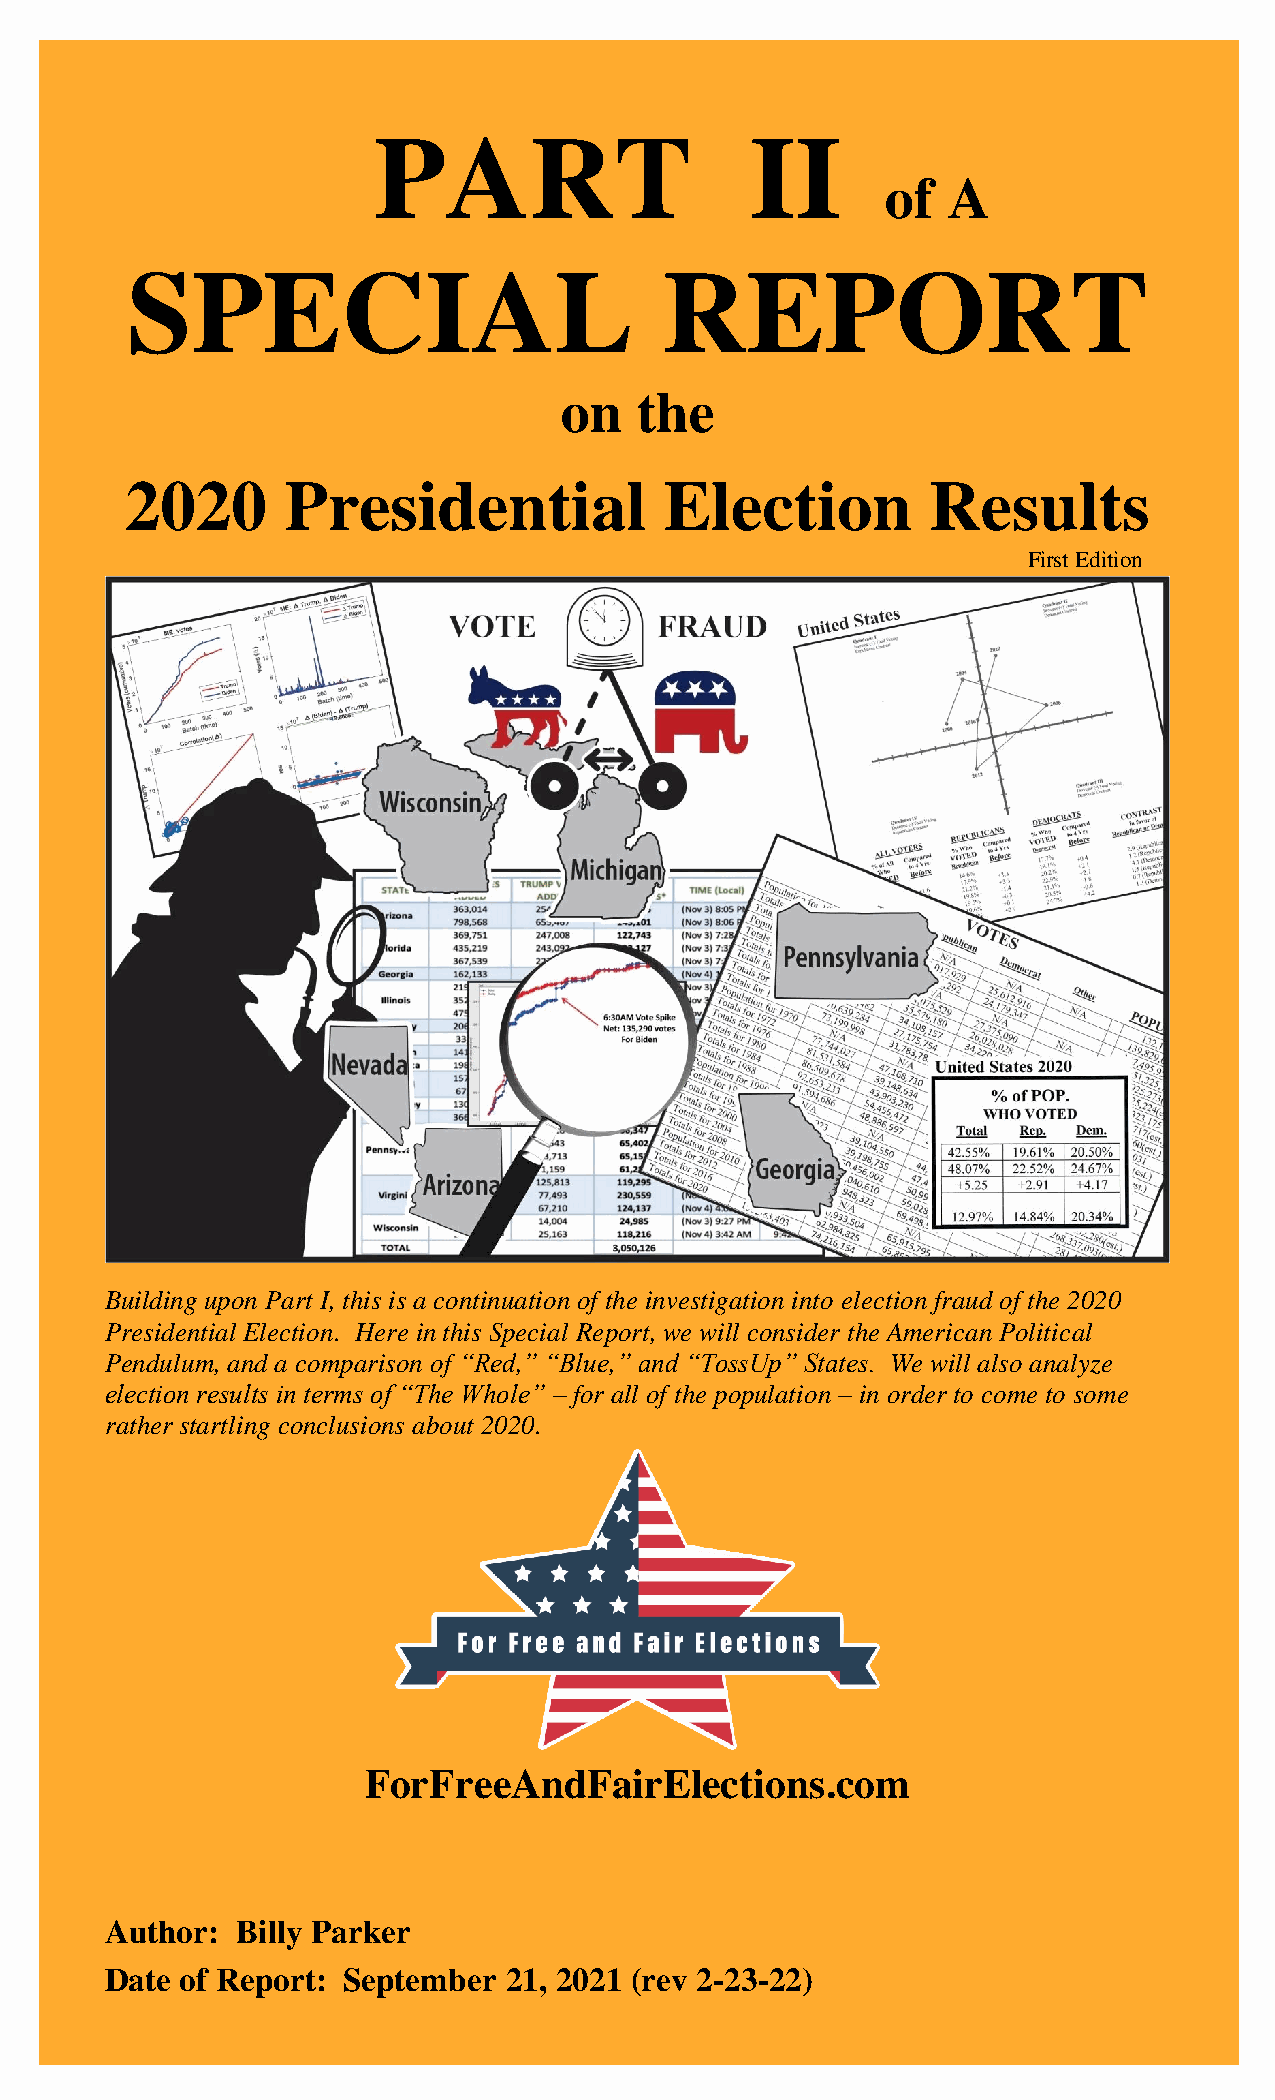
PART                     II
 of  A
 SPECIAL                             REPORT
 on   the
 2020       Presidential             Election          Results
 First Edition
 Building upon Part I, this is a continuation of the investigation into election fraud of the 2020
 Presidential Election. Here in this Special Report, we will consider the American Political
 Pendulum, and a comparison of “Red,” “Blue,” and “TossUp” States. We will also analyze
 election results in terms of “The Whole” – for all of the population – in order to come to some
 rather startling conclusions about 2020.
 ForFreeAndFairElections.com
 Author:  Billy Parker
 Date of Report: September 21, 2021 (rev 2-23-22)